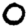
Digit: 0